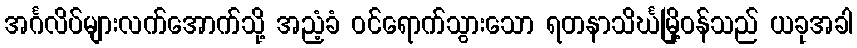
အင်္ဂလိပ်များလက်အောက်သို့ အညံ့ခံ ဝင်ရောက်သွားသော ရတနာသိင်္ဃမြို့ဝန်သည် ယခုအခါ